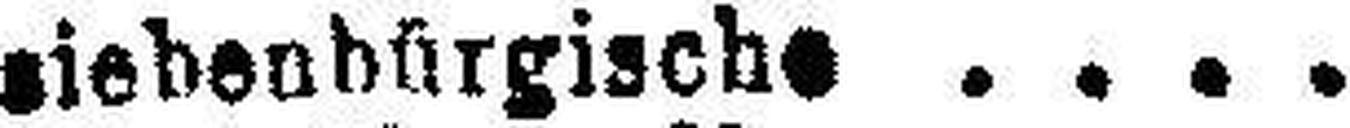
5% " siebenbürgische